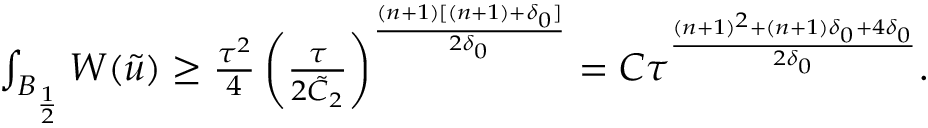
\begin{array} { r } { \int _ { B _ { \frac { 1 } { 2 } } } W ( \tilde { u } ) \geq \frac { \tau ^ { 2 } } { 4 } \left( \frac { \tau } { 2 \tilde { C } _ { 2 } } \right) ^ { \frac { ( n + 1 ) [ ( n + 1 ) + \delta _ { 0 } ] } { 2 \delta _ { 0 } } } = C \tau ^ { \frac { ( n + 1 ) ^ { 2 } + ( n + 1 ) \delta _ { 0 } + 4 \delta _ { 0 } } { 2 \delta _ { 0 } } } . } \end{array}